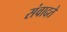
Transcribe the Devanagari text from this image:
संवादते